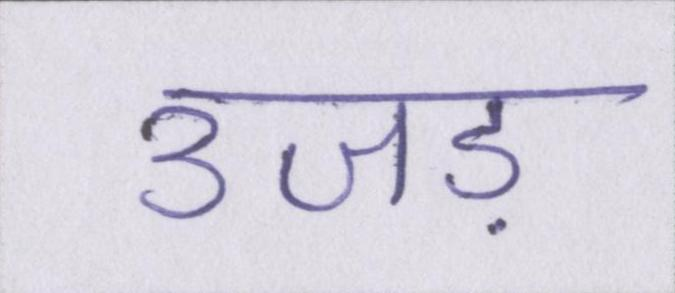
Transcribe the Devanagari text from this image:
उजड़